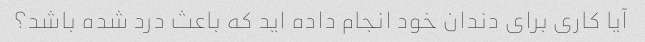
آیا کاری برای دندان خود انجام داده اید که باعث درد شده باشد؟